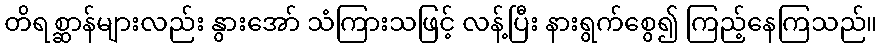
တိရစ္ဆာန်များလည်း နွားအော် သံကြားသဖြင့် လန့်ပြီး နားရွက်စွေ၍ ကြည့်နေကြသည်။